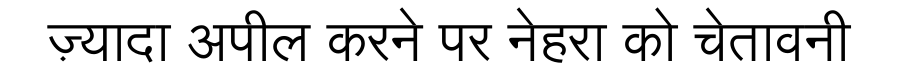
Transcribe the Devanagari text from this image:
ज़्यादा अपील करने पर नेहरा को चेतावनी